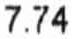
7.74